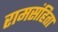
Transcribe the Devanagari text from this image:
रामसंहिता